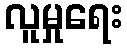
လူမှုရေး